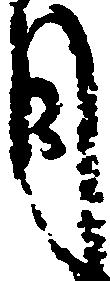
月